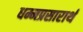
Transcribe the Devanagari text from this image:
धम्मप्रसारार्थ